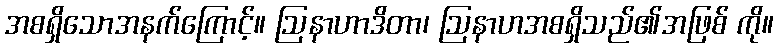
အစရှိသောအနက်ကြောင့်။ ဩနာဟာဒိတာ၊ ဩနာဟအစရှိသည်၏အဖြစ် ကို။